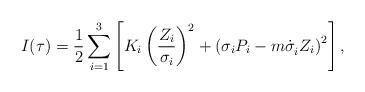
LaTeX: \begin{align*}I(\tau )=\frac 1{2}\sum_{i=1}^3\left[ K_i\left( \frac{Z_i}{\sigma _i}\right)^2+\left( \sigma _{i}P_i-m\dot{\sigma}_i^{}Z_i\right) ^2\right] ,\end{align*}